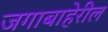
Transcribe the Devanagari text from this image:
जगाबाहेरील